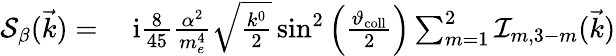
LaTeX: \begin{array}{rl}{{\cal S}_{\beta}(\vec{k})=}&{{}\ \mathrm{i}\frac{8}{45}\frac{\alpha^{2}}{m_{e}^{4}}\sqrt{\frac{k^{0}}{2}}\sin^{2}\left(\frac{\vartheta_{\mathrm{coll}}}{2}\right)\sum_{m=1}^{2}{\cal I}_{m,3-m}(\vec{k})}\end{array}